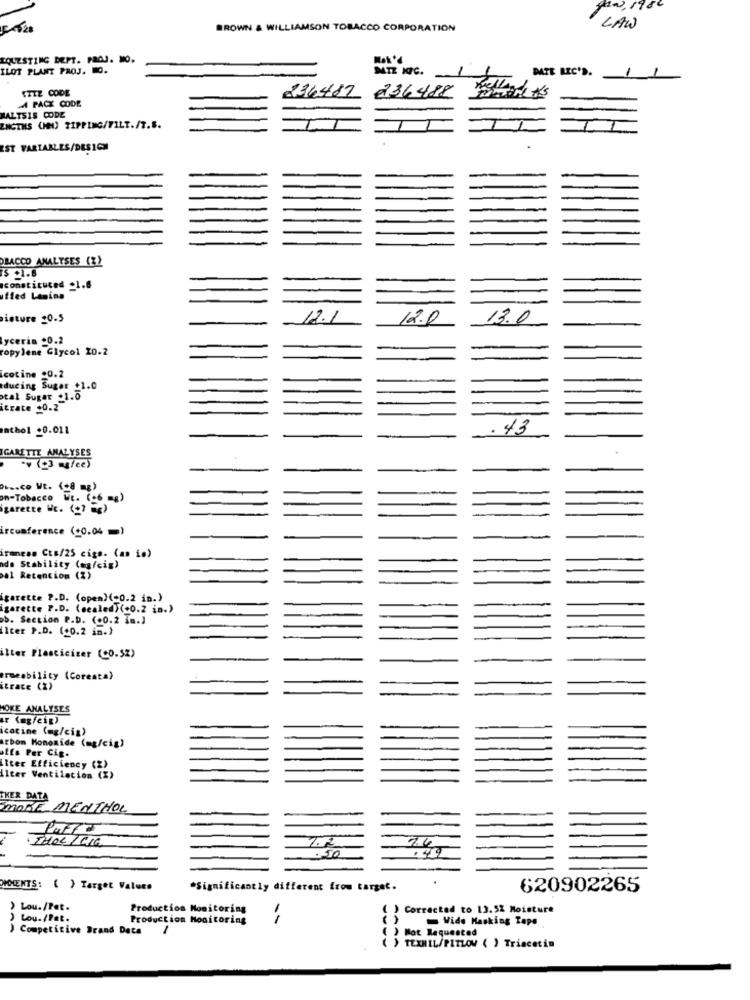
W19
BROWN & WILLIAMSON TOBACCO CORPORATION
LAW
LOUESTING DEPT. PROJ. WO.
ILOT PLANT PROJ. O.
MIZ XIC.
DATE LEC'S.
SITZ CODE
236487
236488
A PACK CODE
MALTS15 CODE
ENGTHS (W) TIPPING/FILT./T.S.
EST VARIABLES/DESIGN
OBACCO ANALYSES (%)
consticuced _1.8
uffed Lanins
isture 20.5
12.0
13.0
lycerin _0.2
ropylene Glycol 20.2
cotine 20.2
ducing Sugar +1.0
tal Sugar .1.0
itrate _0.2
athol .0.011
.43
IGARETTE ANALYSES
. (43 aglee)
O ... co WE. (8 mg)
n-Tobacco Wt. (.6 mg)
garette Wt. (g) )
ircumference ($0.04 =)
irmness Cts/25 cigs. (an io)
ade Stability (mg/cig)
al Retention (2)
garette P.D. (open)(-0.2 in.)
garette P.D. (scaled) (+0.2 in.)
ob. Section P.D. (+0.2 ia.]
ilter P.D. (+0.2 in.)
ilter Plasticizer (CO.5%)
arseability (Coresta)
itrace (2)
HOKE ANALYSES
ur (ag/cip)
icatine (mg/cis)
arbon Monoxide (mg/cig)
utEs Per Cig.
liter Efficiency (%)
ilter Ventilacion (%)
TKER DATA
MORE MENTHOL
THOL / LIG
7.2
.49
.
OMMENTS: ( ) Target Values
*Significantly different from target.
620902265
) Lou./Pet.
Production Monitoring
( ) Correctad to 13.52 Moisture
Lou. /Pat.
Production Monitoring
( )
Wide Masking Tape
Competitive Brand Data
1
( ) Mot Requested
> TEXMIL/PITLOW ( ) Triacetin